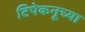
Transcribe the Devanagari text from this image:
टिपेकनूच्या